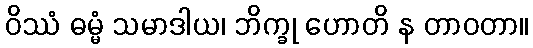
ဝိဿံ ဓမ္မံ သမာဒါယ၊ ဘိက္ခု ဟောတိ န တာဝတာ။